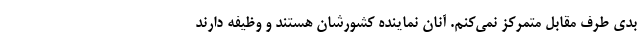
بدی طرف مقابل متمرکز نمی‌کنم. آنان نماینده کشورشان هستند و وظیفه دارند